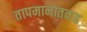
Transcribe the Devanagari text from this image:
तापमानातवाढ